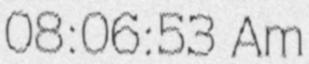
08:06:53 Am